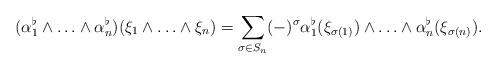
LaTeX: \begin{align*}(\alpha_1^\flat\wedge\ldots\wedge \alpha_n^\flat)(\xi_1\wedge\ldots\wedge\xi_n)=\sum_{\sigma\in S_n}(-)^\sigma \alpha_1^\flat(\xi_{\sigma(1)})\wedge\ldots\wedge \alpha_n^\flat(\xi_{\sigma(n)}).\end{align*}